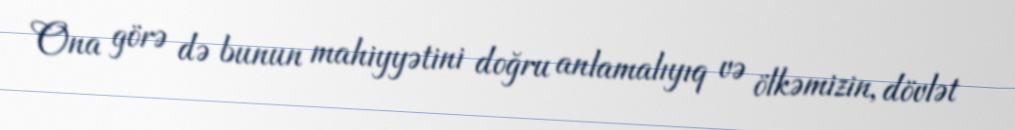
Ona görə də bunun mahiyyətini doğru anlamalıyıq və ölkəmizin, dövlət